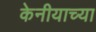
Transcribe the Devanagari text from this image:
केनीयाच्या